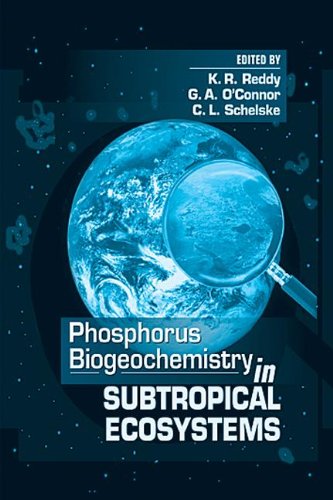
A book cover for Phosphorus Biogeochemistry of Sub-Tropical Ecosystems; Science & Math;